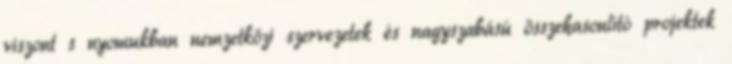
viszont s nyomukban nemzetközi szervezetek és nagyszabású összehasonlító projektek